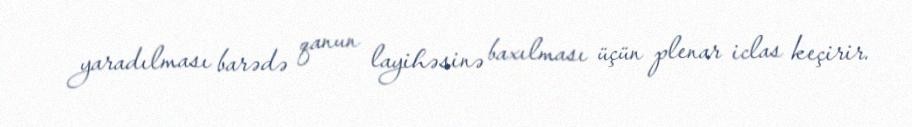
yaradılması barədə qanun layihəsinə baxılması üçün plenar iclas keçirir.